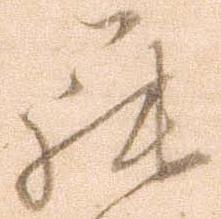
罷